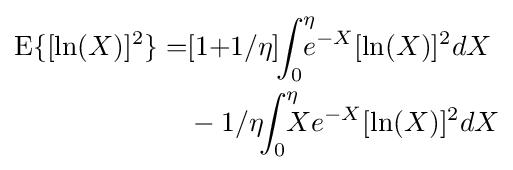
{\begin{aligned}\mathrm {E} \{[\ln(X)]^{2}\}=&[1{+}1/\eta ]\!\!\int _{0}^{\eta }\!\!\!\!e^{-X}[\ln(X)]^{2}dX\\&-1/\eta \!\!\int _{0}^{\eta }\!\!\!\!Xe^{-X}[\ln(X)]^{2}dX\end{aligned}}